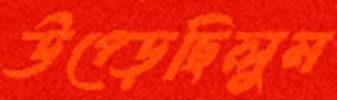
উপ্‌ড়েছিলুম